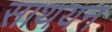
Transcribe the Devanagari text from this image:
साथयन